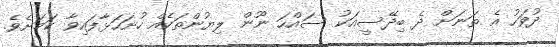
ދުވަހު އެ ތަނަށް ދެ ބިދޭސީއަކު ސައްހަ ނޫން ލިޔުންތަކެއް ހުށަހަޅާފައިވާ ކަމަށެވެ.